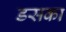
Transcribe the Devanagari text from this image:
डसका